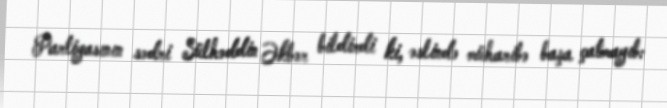
Partiyasının sədri Sülhəddin Əkbər bildirdi ki, əslində müharibə başa çatmayıb: